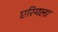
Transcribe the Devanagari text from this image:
एरियला